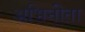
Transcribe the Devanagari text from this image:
अभिनीता